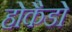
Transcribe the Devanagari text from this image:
होकैडो